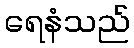
ရေနံသည်